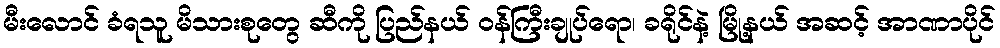
မီးလောင် ခံရသူ မိသားစုတွေ ဆီကို ပြည်နယ် ဝန်ကြီးချုပ်ရော၊ ခရိုင်နဲ့ မြို့နယ် အဆင့် အာဏာပိုင်